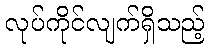
လုပ်ကိုင်လျက်ရှိသည့်